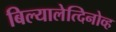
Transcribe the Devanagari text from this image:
बिल्यालेत्दिनोव्ह